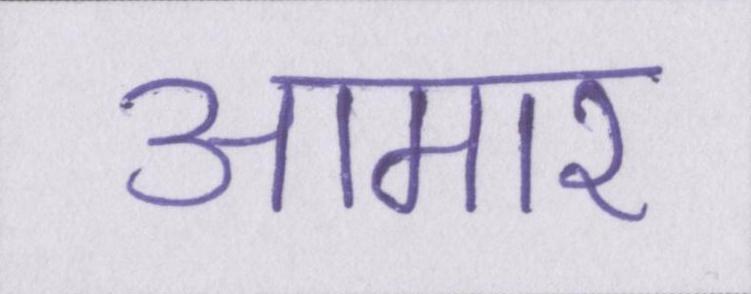
आमार